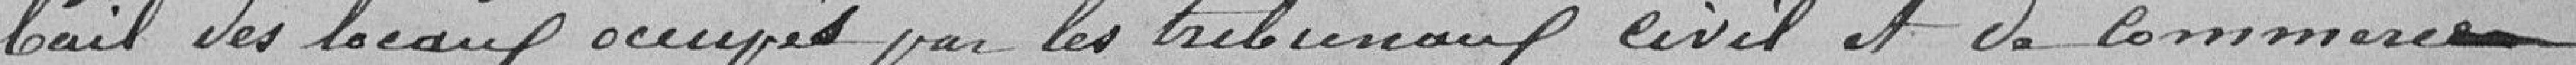
bail des locaux occupés par les tribunaux Civil et de Commerce